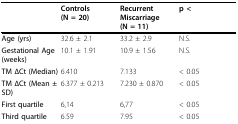
<table><thead><tr><td></td><td><b>Controls (N = 20)</b></td><td><b>Recurrent Miscarriage (N = 11)</b></td><td><b>p &lt;</b></td></tr></thead><tbody><tr><td><b>Age (yrs)</b></td><td>32.6 ± 2.1</td><td>33.2 ± 2.9</td><td>N.S.</td></tr><tr><td><b>Gestational Age (weeks)</b></td><td>10.1 ± 1.91</td><td>10.9 ± 1.56</td><td>N.S.</td></tr><tr><td><b>TM ΔCt (Median)</b></td><td>6.410</td><td>7.133</td><td>&lt; 0.05</td></tr><tr><td><b>TM ΔCt (Mean ± SD)</b></td><td>6.377 ± 0.213</td><td>7.230 ± 0.870</td><td>&lt; 0.05</td></tr><tr><td><b>First quartile</b></td><td>6,14</td><td>6,77</td><td>&lt; 0.05</td></tr><tr><td><b>Third quartile</b></td><td>6.59</td><td>7.95</td><td>&lt; 0.05</td></tr></tbody></table>